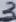
Text: 3